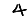
Digit: 4